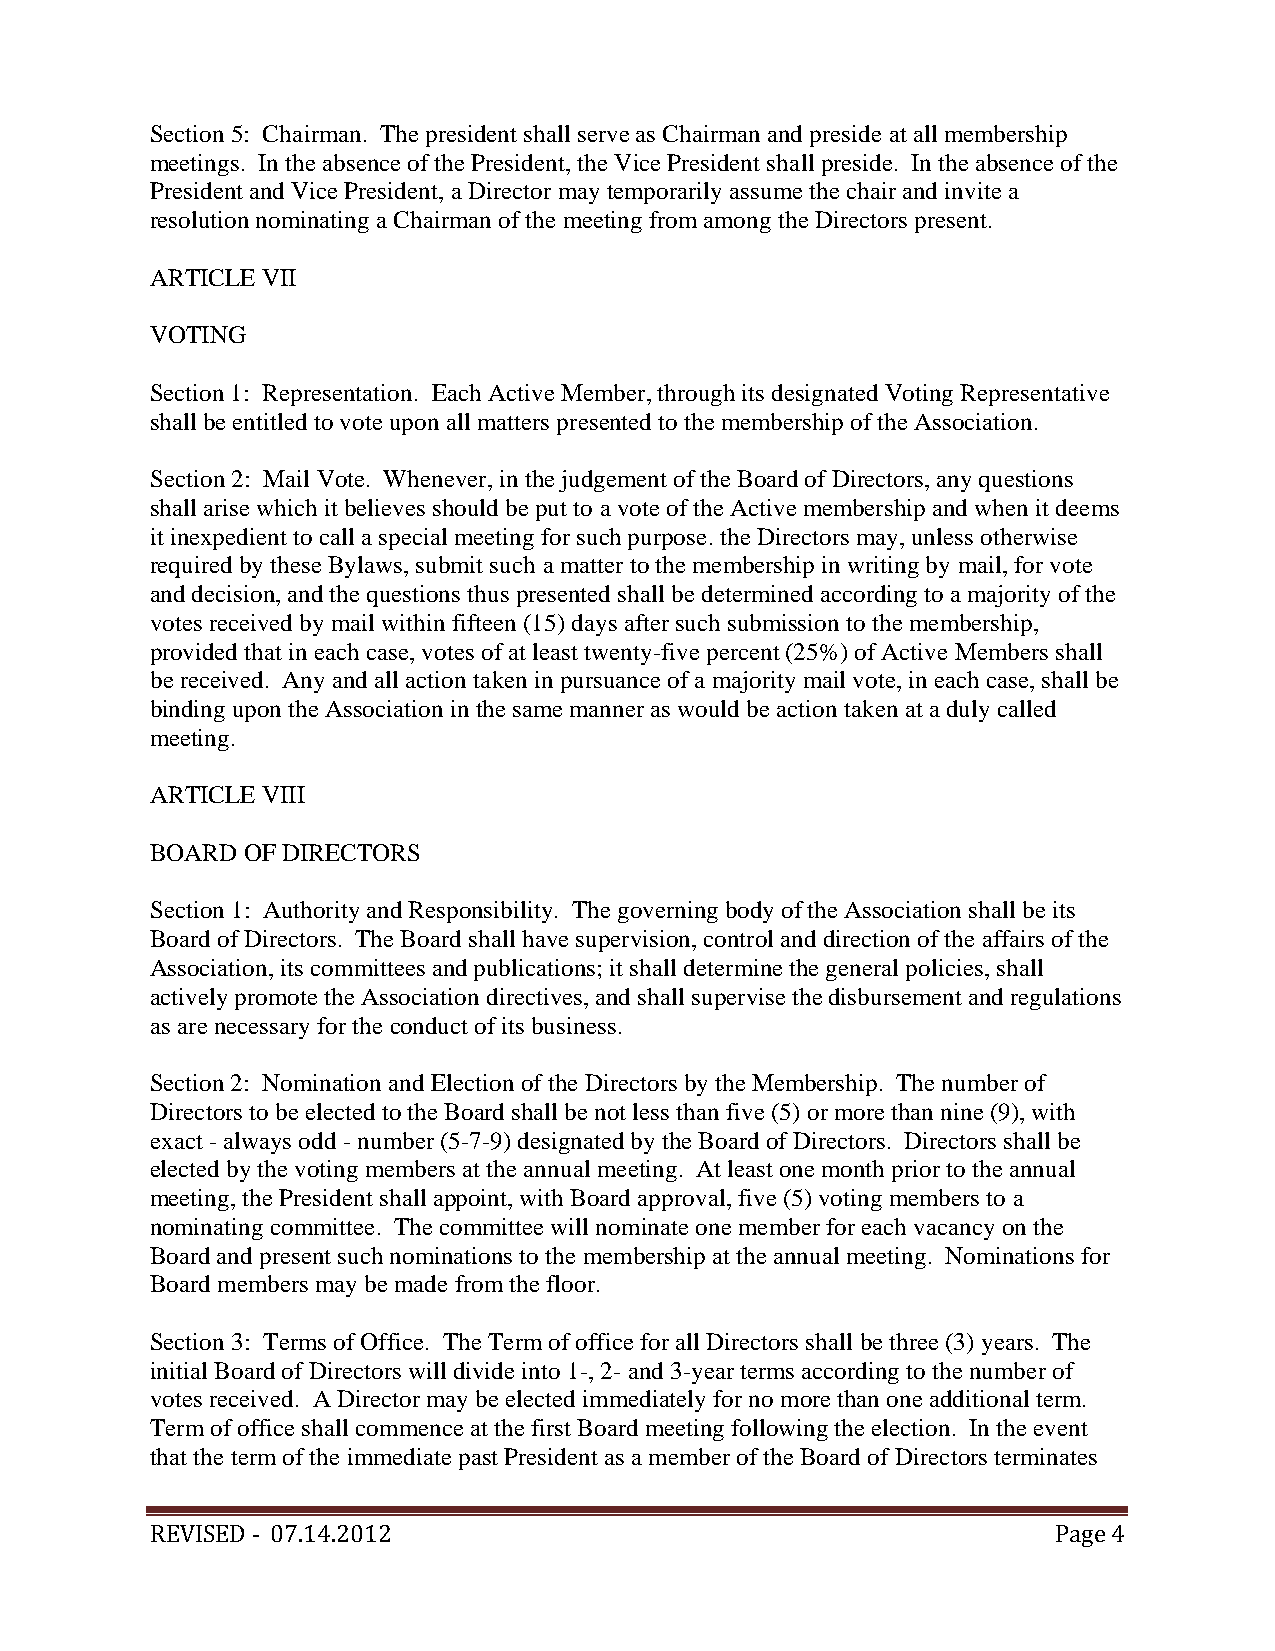
Section 5: Chairman. The president shall serve as Chairman and preside at all membership
 meetings. In the absence of the President, the Vice President shall preside. In the absence of the
 President and Vice President, a Director may temporarily assume the chair and invite a
 resolution nominating a Chairman of the meeting from among the Directors present.
 ARTICLE VII
 VOTING
 Section 1: Representation. Each Active Member, through its designated Voting Representative
 shall be entitled to vote upon all matters presented to the membership of the Association.
 Section 2: Mail Vote. Whenever, in the judgement of the Board of Directors, any questions
 shall arise which it believes should be put to a vote of the Active membership and when it deems
 it inexpedient to call a special meeting for such purpose. the Directors may, unless otherwise
 required by these Bylaws, submit such a matter to the membership in writing by mail, for vote
 and decision, and the questions thus presented shall be determined according to a majority of the
 votes received by mail within fifteen (15) days after such submission to the membership,
 provided that in each case, votes of at least twenty-five percent (25%) of Active Members shall
 be received. Any and all action taken in pursuance of a majority mail vote, in each case, shall be
 binding upon the Association in the same manner as would be action taken at a duly called
 meeting.
 ARTICLE VIII
 BOARD OF DIRECTORS
 Section 1: Authority and Responsibility. The governing body of the Association shall be its
 Board of Directors. The Board shall have supervision, control and direction of the affairs of the
 Association, its committees and publications; it shall determine the general policies, shall
 actively promote the Association directives, and shall supervise the disbursement and regulations
 as are necessary for the conduct of its business.
 Section 2: Nomination and Election of the Directors by the Membership. The number of
 Directors to be elected to the Board shall be not less than five (5) or more than nine (9), with
 exact - always odd - number (5-7-9) designated by the Board of Directors. Directors shall be
 elected by the voting members at the annual meeting. At least one month prior to the annual
 meeting, the President shall appoint, with Board approval, five (5) voting members to a
 nominating committee. The committee will nominate one member for each vacancy on the
 Board and present such nominations to the membership at the annual meeting. Nominations for
 Board members may be made from the floor.
 Section 3: Terms of Office. The Term of office for all Directors shall be three (3) years. The
 initial Board of Directors will divide into 1-, 2- and 3-year terms according to the number of
 votes received. A Director may be elected immediately for no more than one additional term.
 Term of office shall commence at the first Board meeting following the election. In the event
 that the term of the immediate past President as a member of the Board of Directors terminates
 REVISED ‐ 07.14.2012                                        Page 4